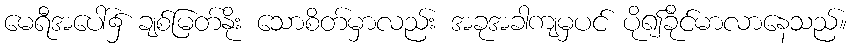
မေရီအပေါ်၌ ချစ်မြတ်နိုး သောစိတ်မှာလည်း အခုအခါကျမှပင် ပို၍ခိုင်မာလာနေသည်။